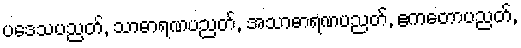
ပဒေသပညတ်, သာဓာရဏပညတ်, အသာဓာရဏပညတ်, ဧကတောပညတ်,